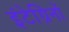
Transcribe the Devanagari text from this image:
इंटेग्रिनों